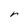
Character: r